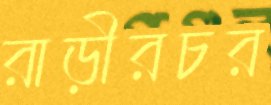
রাড়ীরচর